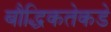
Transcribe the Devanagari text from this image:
बौद्धिकतेकडे